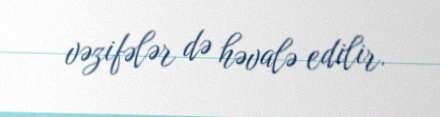
vəzifələr də həvalə edilir.